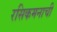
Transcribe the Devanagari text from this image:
रसिकमनाची